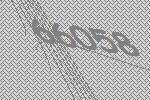
66058